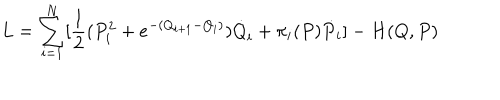
L = \sum _ { i = 1 } ^ { N } [ { \frac { 1 } { 2 } } ( P _ { i } ^ { 2 } + { e ^ { - ( Q _ { i + 1 } - Q _ { i } ) } } ) { \dot { Q } } _ { i } + \pi _ { i } ( P ) { \dot { P } } _ { i } ] - H ( Q , P )